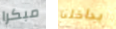
مبكرا بداخلنا